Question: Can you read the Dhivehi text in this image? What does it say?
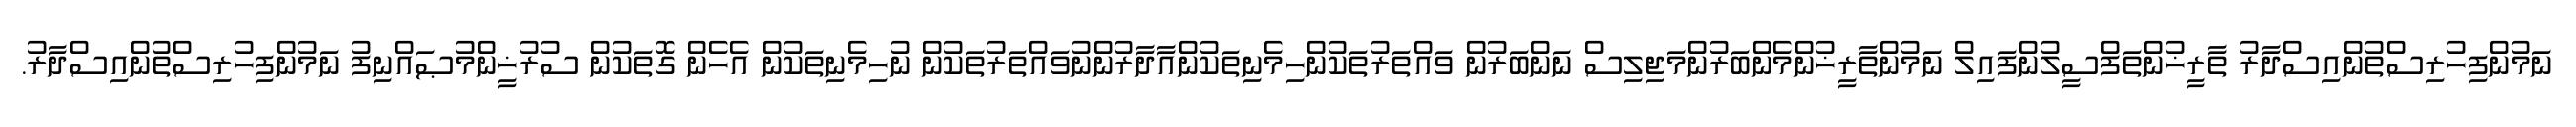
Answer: ނަމުންފިހުރިސްތުންއިސްދާރު ތާރީޚުންތަފްސީލުންފައިލް ނަމުންތާރީޚުންމެންބަރުންމަޖިލިސް ނަންބަރުން ވައްތަރުތަކުންހިމެނިތަކުންއާދާރުންނުވައްތަރުތަކުން ނުހިމެނިތަކުން އެހެން ގޮތަކުން ސުރުޚީންމުޞައްނިފު ނަމުންފިހުރިސްތުންއިސްދާރު.